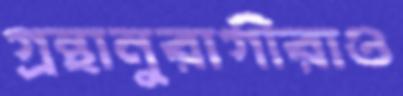
গ্রন্থানুরাগীরাও